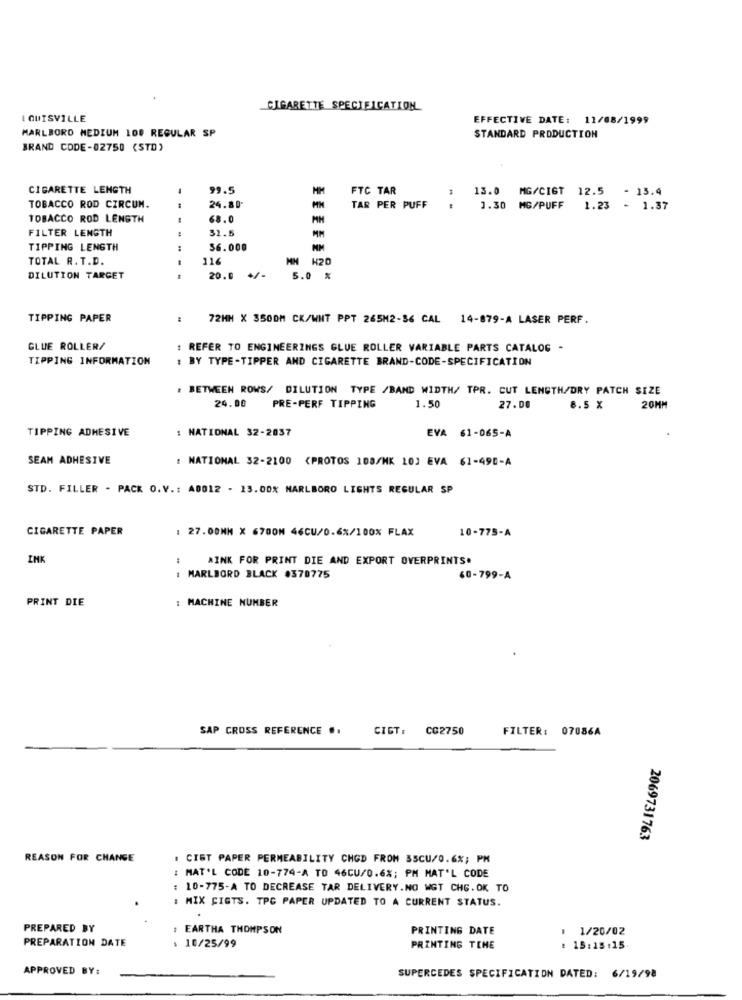
CIGARETTE SPECIFICATION
I QUISVILLE
EFFECTIVE DATE: 11/08/1999
MARLBORO MEDIUM 100 REGULAR SP
STANDARD PRODUCTION
BRAND CODE-02750 (STD)
CIGARETTE LENGTH
99.5
MM
FTC TAR
13.0
MG/CIGT 12.5
- 13.4
TOBACCO ROD CIRCUM.
24.80
TAR PER PUFF
1.30 MG/PUFF
1.23
- 1.37
TOBACCO ROD LENGTH
68.0
MM
FILTER LENGTH
32.5
MM
TIPPING LENGTH
56.000
TOTAL R. T.D.
116
MH H20
DILUTION TARGET
--
20.0 +/-
5.0 %
TIPPING PAPER
72MM X 3500M CK/WHT PPT 265M2-36 CAL 14-879-A LASER PERF.
GLUE ROLLER/
: REFER TO ENGINEERINGS GLUE ROLLER VARIABLE PARTS CATALOG -
TIPPING INFORMATION
: BY TYPE-TIPPER AND CIGARETTE BRAND-CODE-SPECIFICATION
: BETWEEN ROWS/ DILUTION TYPE /BAND WIDTH/ TPR. CUT LENGTH/DRY PATCH SIZE
24.00
PRE-PERF TIPPING
1.50
27.00
8.5 X
20MM
TIPPING ADHESIVE
: NATIONAL 32-2037
EVA 61-065-A
SEAM ADHESIVE
: NATIONAL 32-2100 (PROTOS 108/MK 10] EVA 61-490-A
STD. FILLER - PACK O.V .: A0012 - 13.00% MARLBORO LIGHTS REGULAR SP
CIGARETTE PAPER
: 27.00MM X 6700M 46CU/0.6%/100% FLAX
10-775-A
INK
AINK FOR PRINT DIE AND EXPORT OVERPRINTS.
- -
MARLBORD BLACK #370775
60-799-A
: MACHINE NUMBER
PRINT DIE
SAP CROSS REFERENCE ..
CIGT: CG2750
FILTER: 07086A
2069731763
REASON FOR CHANGE
CIST PAPER PERMEABILITY CHOD FROM 35CU/0.6%; PM
MAT'L CODE 10-774-A TO 46CU/0.6%; PM MAT'L CODE
10-775-A TO DECREASE TAR DELIVERY.NO WGT CHG. OK TO
: MIX FIGTS. TPC PAPER UPDATED TO A CURRENT STATUS.
PREPARED BY
: EARTHA THOMPSON
PRINTING DATE
: 1/20/02
: 10/25/99
PREPARATION DATE
PRINTING TEHE
: 15:15:15
APPROVED BY:
SUPERCEDES SPECIFICATION DATED: 6/19/98